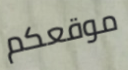
موقعكم